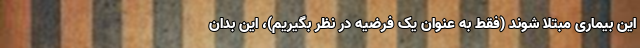
این بیماری مبتلا شوند (فقط به عنوان یک فرضیه در نظر بگیریم)، این بدان